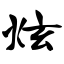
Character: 炫